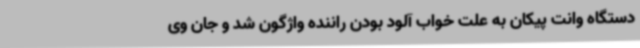
دستگاه وانت پیکان به علت خواب آلود بودن راننده واژگون شد و جان وی